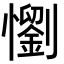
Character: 懰